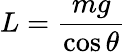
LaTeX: L={\frac{mg}{\cos\theta}}